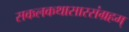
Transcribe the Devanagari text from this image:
सकलकथासारसंग्रहम्